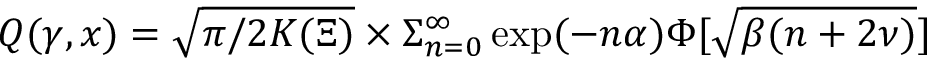
Q ( \gamma , x ) = \sqrt { \pi / 2 K ( \Xi ) } \times \Sigma _ { n = 0 } ^ { \infty } \exp ( - n \alpha ) \Phi [ \sqrt { \beta ( n + 2 \nu ) } ]